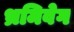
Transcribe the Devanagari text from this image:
भ्रमिवेग